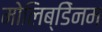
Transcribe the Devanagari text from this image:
मोलिब्डेिनम